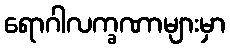
ရောဂါလက္ခဏာများမှာ